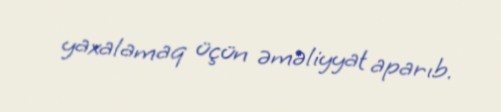
yaxalamaq üçün əməliyyat aparıb.